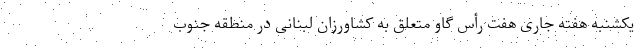
یکشنبه هفته جاری هفت رأس گاو متعلق به کشاورزان لبنانی در منطقه جنوب